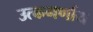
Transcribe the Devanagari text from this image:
उत्कमर्णाय